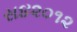
સ૪૨૦૧૨